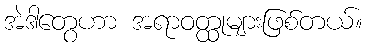
အဲဒါတွေဟာ အရာဝတ္ထုများဖြစ်တယ်။